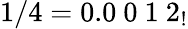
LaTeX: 1/4=0.0\ 0\ 1\ 2_{!}